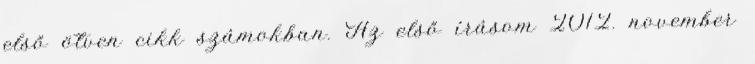
első ötven cikk számokban. Az első írásom 2012. november